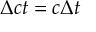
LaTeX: \Delta { c t } = c \Delta t